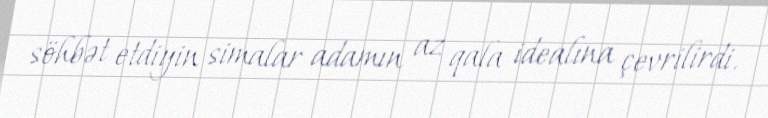
söhbət etdiyin simalar adamın az qala idealına çevrilirdi.